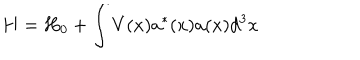
\mathbf { H } = \mathbf { H } _ { 0 } + \int V ( x ) a ^ { * } ( x ) a ( x ) d ^ { 3 } x